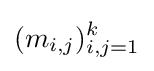
(m_{i,j})_{i,j=1}^{k}